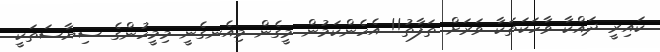
ކައިރީ ދައްކާ ވާހަކަތަކާ ވަރަށް ތަފާތު!! އެހެންކަމުން މީގެން މިއެނގެނީ މިމީހުންގެ ސިޔާސަތަކީ